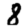
Digit: 8